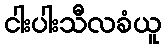
ငါးပါးသီလခံယူ